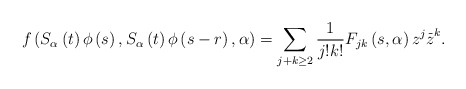
\begin{align*}f\left( S_{\alpha }\left( t\right) \phi \left( s\right) ,S_{\alpha }\left(t\right) \phi \left( s-r\right) ,\alpha \right) =\sum\limits_{j+k\geq 2}\frac{1}{j!k!}F_{jk}\left( s,\alpha \right) z^{j}\overset{\_}{z}^{k}.\end{align*}